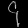
Digit: ၄